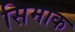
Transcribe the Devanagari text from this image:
सिमाक